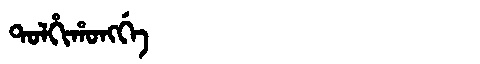
Manchu: ᡨᠣᠯᡥᡳᡥᠣᠩᡤᡝ
Romanization: TOLHIHONGGE